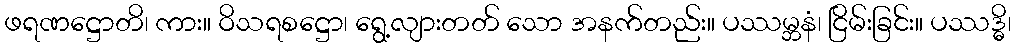
ဖရဏဋ္ဌောတိ၊ ကား။ ဝိသရစဋ္ဌော၊ ရွေ့လျားတတ် သော အနက်တည်း။ ပဿမ္ဘနံ၊ ငြိမ်းခြင်း။ ပဿဒ္ဓိ၊